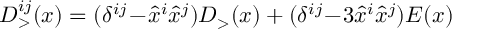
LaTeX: { \cal D } _ { > } ^ { i j } ( x ) = ( \delta ^ { i j } \! - \! \hat { x } ^ { i } \hat { x } ^ { j } ) { \cal D } _ { > } ( x ) + ( \delta ^ { i j } \! - \! 3 \hat { x } ^ { i } \hat { x } ^ { j } ) E ( x )